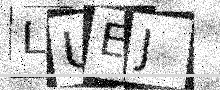
Text: LUEJ